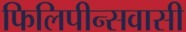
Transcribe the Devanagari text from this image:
फिलिपीन्सवासी